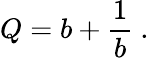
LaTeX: Q=b+{\frac{1}{b}}\ .